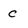
Character: C